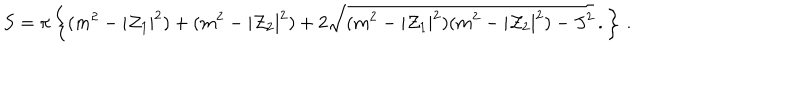
LaTeX: S = \pi \left\{ ( m ^ { 2 } - | { \cal Z } _ { 1 } | ^ { 2 } ) + ( m ^ { 2 } - | { \cal Z } _ { 2 } | ^ { 2 } ) + 2 \sqrt { ( m ^ { 2 } - | { \cal Z } _ { 1 } | ^ { 2 } ) ( m ^ { 2 } - | { \cal Z } _ { 2 } | ^ { 2 } ) - J ^ { 2 } } \, . \right\} \, .